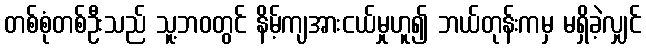
တစ်စုံတစ်ဦးသည် သူ့ဘဝတွင် နိမ့်ကျအားငယ်မှုဟူ၍ ဘယ်တုန်းကမှ မရှိခဲ့လျှင်